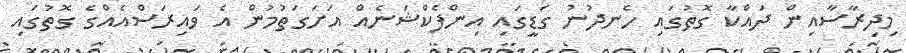
މިދިރާސާއިން ދައްކާ ގޮތުގައި ހެނދުނު ގަޑީގައި އިންފެކްޝަނެއް އަށަގަތުމުން އެ ވައިރަސްއެއްގެ ގޮތުގައި